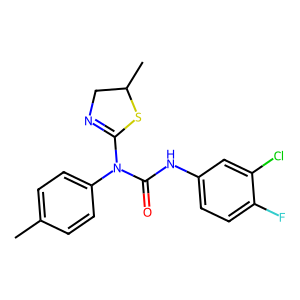
SMILES: Cc1ccc(N(C(=O)Nc2ccc(F)c(Cl)c2)C2=NCC(C)S2)cc1
Inhibits HIV replication: No